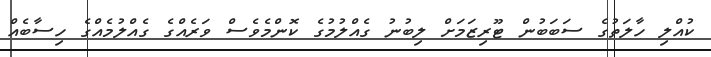
ކުއްލި ހާލަތުގެ ސަބަބުން ޓޫރިޒަމަށް ލިބުނު ގެއްލުމުގެ ކޮންމެވެސް ވަރެއްގެ ގެއްލުމެއްގެ ހިސާބެއް